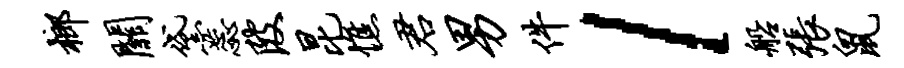
榔关黛蕊陂昆憔君男件l船张鼠